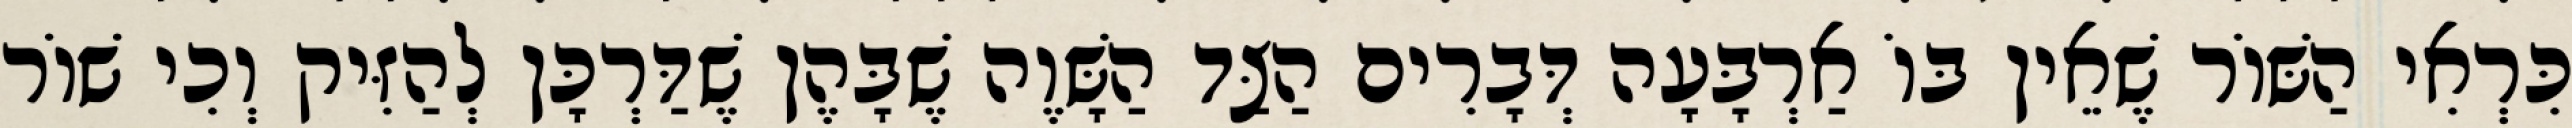
כִּרְאִי הַשּׁוֹר שֶׁאֵין בּוֹ אַרְבָּעָה דְּבָרִים הַצַּד הַשָּׁוֶה שֶׁבָּהֶן שֶׁדַּרְכָּן לְהַזִּיק וְכִי שׁוֹר